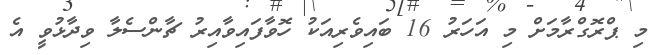
މި ޕްރޮގްރާމަށް މި އަހަރު 16 ބައިވެރިއަކު ހޮވާފައިވާއިރު ޗާންސެލާ ވިދާޅުވީ އެ